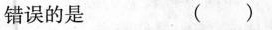
错误的是 ( )